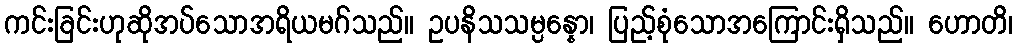
ကင်းခြင်းဟုဆိုအပ်သောအရိယမဂ်သည်။ ဥပနိသသမ္ပန္နော၊ ပြည့်စုံသောအကြောင်းရှိသည်။ ဟောတိ၊